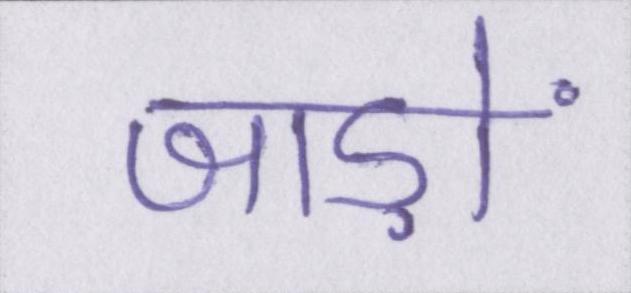
जाड़ों